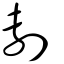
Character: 剸